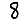
Digit: 8